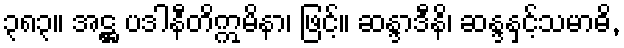
၃၈၃။ အဋ္ဌ ပဒါနီတိဣမိနာ၊ ဖြင့်။ ဆန္ဒာဒီနိ၊ ဆန္ဒနှင့်သမာဓိ,